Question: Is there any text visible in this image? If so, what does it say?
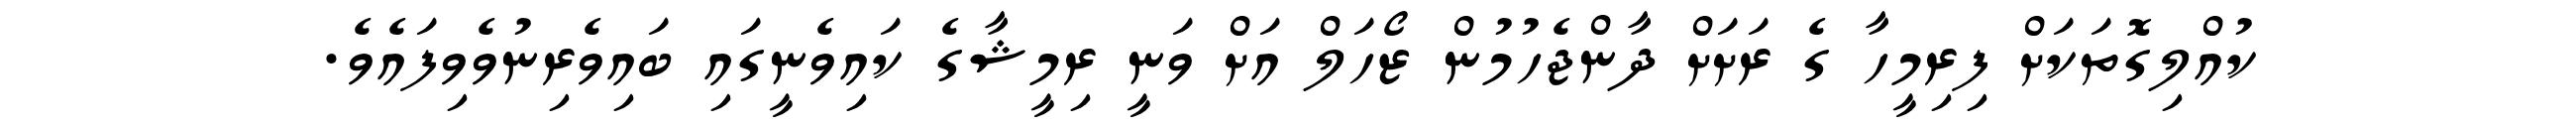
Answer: ކުއްލިގޮތަކަށް ފިރިމީހާ ގެ ރަށަށް ދާންޖެހުމުން ޒޯހަލް އަށް ވަނީ ރިމީޝާގެ ކައިވެނީގައި ބައިވެރިނުވެވިފައެވެ.